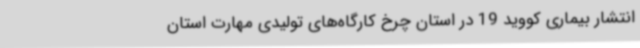
انتشار بیماری کووید 19 در استان چرخ کارگاه‌های تولیدی مهارت استان